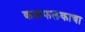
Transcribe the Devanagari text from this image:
कळफलकाचा